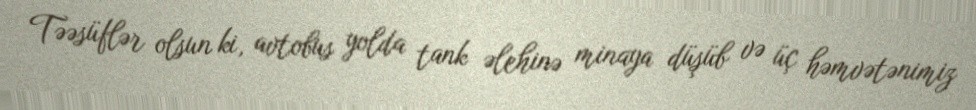
Təəsüflər olsun ki, avtobus yolda tank əlehinə minaya düşüb və üç həmvətənimiz